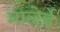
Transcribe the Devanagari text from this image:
मालेर्ब